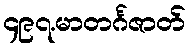
၄၉၇.မာတင်္ဂဇာတ်